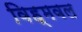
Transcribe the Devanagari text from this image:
विह्मवल